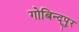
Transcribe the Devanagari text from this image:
गोबिन्द्पुर